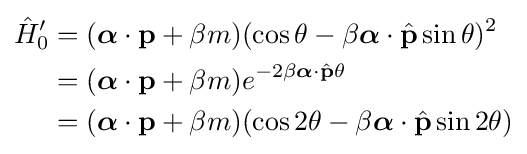
{\begin{aligned}{\hat {H}}'_{0}&=({\boldsymbol {\alpha }}\cdot \mathbf {p} +\beta m)(\cos \theta -\beta {\boldsymbol {\alpha }}\cdot {\hat {\mathbf {p} }}\sin \theta )^{2}\\&=({\boldsymbol {\alpha }}\cdot \mathbf {p} +\beta m)e^{-2\beta {\boldsymbol {\alpha }}\cdot {\hat {\mathbf {p} }}\theta }\\&=({\boldsymbol {\alpha }}\cdot \mathbf {p} +\beta m)(\cos 2\theta -\beta {\boldsymbol {\alpha }}\cdot {\hat {\mathbf {p} }}\sin 2\theta )\end{aligned}}